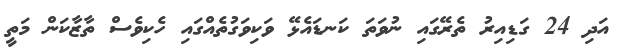
އަދި 24 ގަޑިއިރު ތެރޭގައި ނުވަތަ ކަނޑައެޅޭ ވަކިވަގުތެއްގައި ހެކިވެސް ތާޒާކަން މަތީ